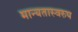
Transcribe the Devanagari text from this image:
मान्यतास्वरुप